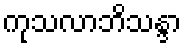
ကုသလာဘိသန္ဒာ